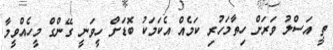
ތީ އަސްލު ވަރަށް ހިތާމަހުރި ކަމެއް އެކަމަކު ބޮޑަށް ހީވަނީ ގޭންގް މީހެއްވީމާ